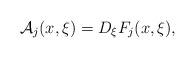
LaTeX: \begin{align*}\mathcal{A}_j(x,\xi)= D_{\xi}F_j(x,\xi), \end{align*}